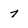
Character: 7